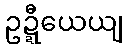
ဥဍ္ဍီယေယျ